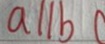
a / / b 0